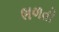
ભળતો